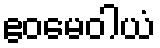
ဧဝမေဝါယံ